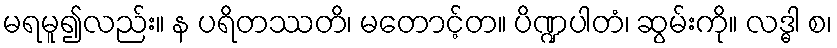
မရမူ၍လည်း။ န ပရိတဿတိ၊ မတောင့်တ။ ပိဏ္ဍပါတံ၊ ဆွမ်းကို။ လဒ္ဓါ စ၊